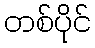
တစ်ပိုင်